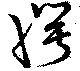
愕